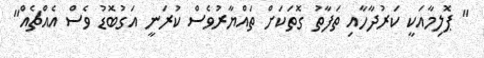
" ޕޮލިމާއަކީ ކަރުދާހާއި ތަފާތު ގޮތަކަށް ތައްޔާރުވެސް ކުރަނީ އަގުބޮޑު ވެސް އެއްޗެއް"